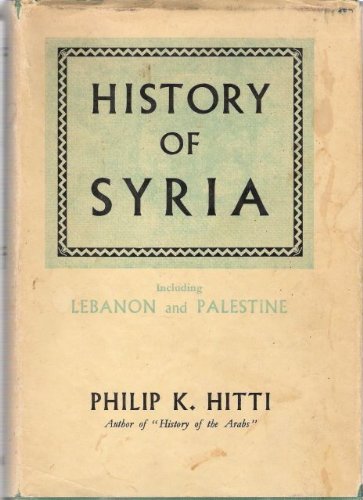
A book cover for History of Syria: Including Lebanon and Palestine; Philip K. Hitti; History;